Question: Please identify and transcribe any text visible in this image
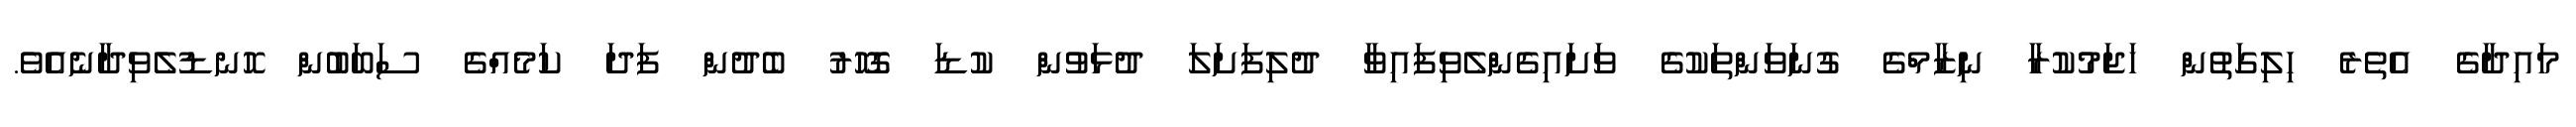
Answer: މައިދާގެ އެތެރެ ހިލިގަތުން ހަޖަމުކުރާ ނިޒާމްގެ ގުނަވަންތަކުގެ ވަށައިގެންލެވިފައިވާ ދުލިފަށަލަ ދުޅަވުން ކުޑަ ގޮހޮރު ބެދުން ފަދަ ކަމެއްގެ ސަބަބުން ހޮނޑުލެވިދާނެއެވެ.